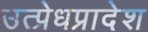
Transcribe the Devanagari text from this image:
उत्प्रेधप्रादेश